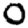
Digit: 0